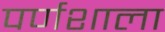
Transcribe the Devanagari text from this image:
पर्णशाला